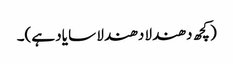
(کچھ دھندلا دھندلا سا یاد ہے)۔